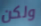
ولكن